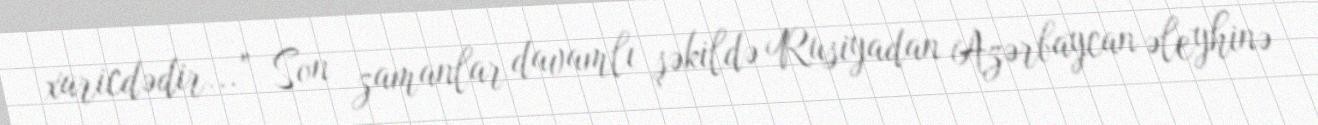
xaricdədir...” Son zamanlar davamlı şəkildə Rusiyadan Azərbaycan əleyhinə